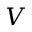
V